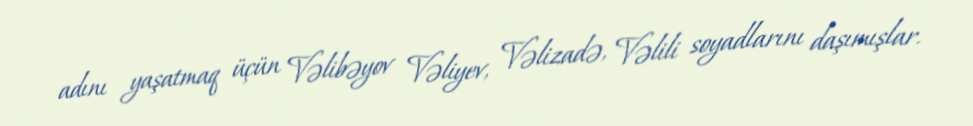
adını yaşatmaq üçün Vəlibəyov Vəliyev, Vəlizadə, Vəlili soyadlarını daşımışlar.